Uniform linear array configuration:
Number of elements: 32
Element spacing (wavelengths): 0.25
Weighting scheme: uniform
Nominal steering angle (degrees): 60
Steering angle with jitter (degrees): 59.394
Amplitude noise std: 0.05
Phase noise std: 0.05

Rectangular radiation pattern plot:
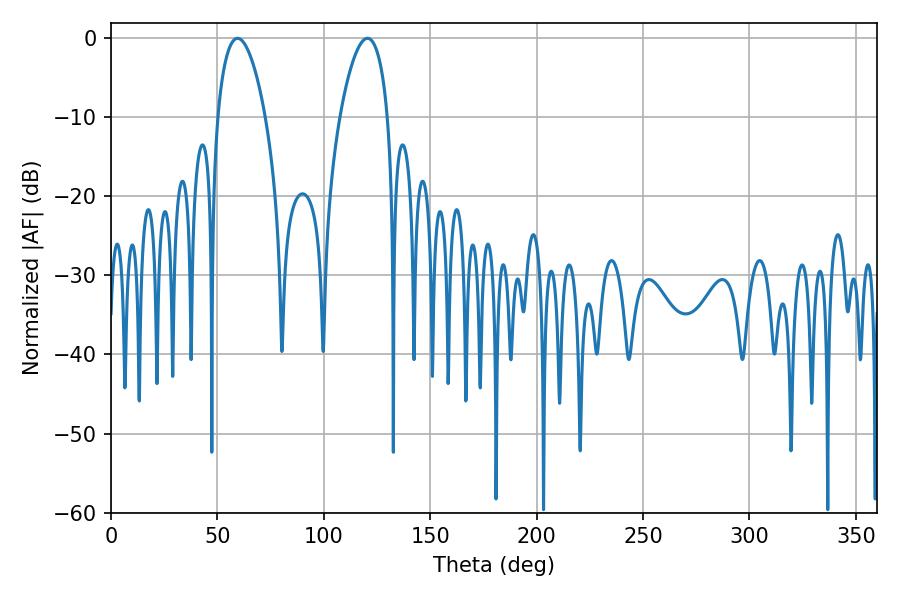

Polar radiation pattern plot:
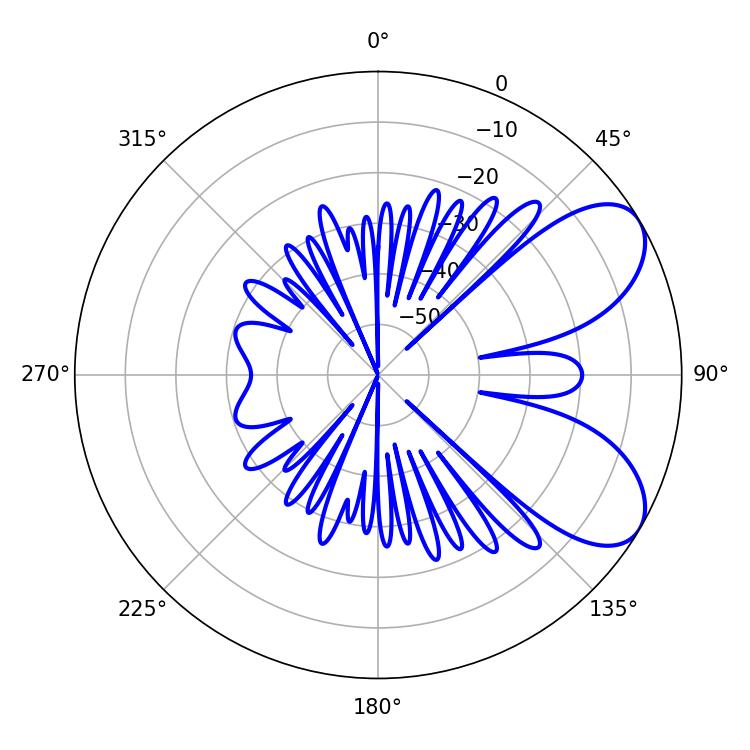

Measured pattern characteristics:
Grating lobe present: FALSE
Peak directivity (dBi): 6.883
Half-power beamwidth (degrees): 12.6
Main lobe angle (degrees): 59.4